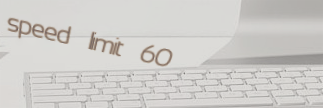
speed limit 60